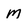
Character: M